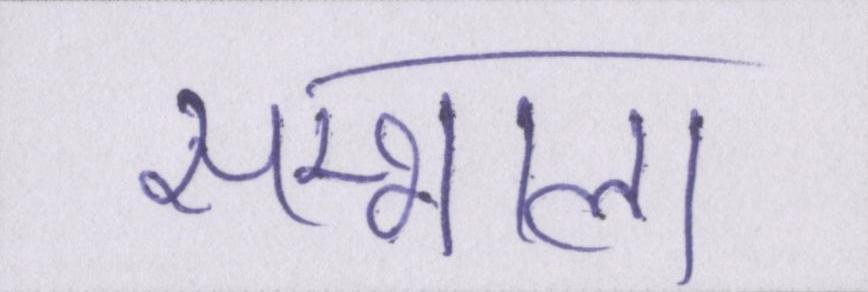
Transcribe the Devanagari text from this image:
सम्भाला